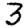
Digit: 3